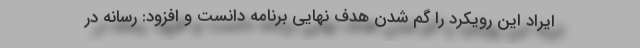
ایراد این رویکرد را گم شدن هدف نهایی برنامه دانست و افزود: رسانه در